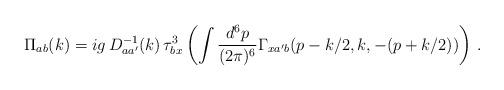
LaTeX: \begin{align*} \Pi_{ab}(k) = i g\, D^{-1}_{aa'}(k)\, \tau^3_{bx} \left(\int \frac{d^6p}{(2\pi)^6}\Gamma_{xa'b}(p-k/2,k,-(p+k/2)) \right)\, .\end{align*}